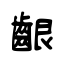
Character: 齦